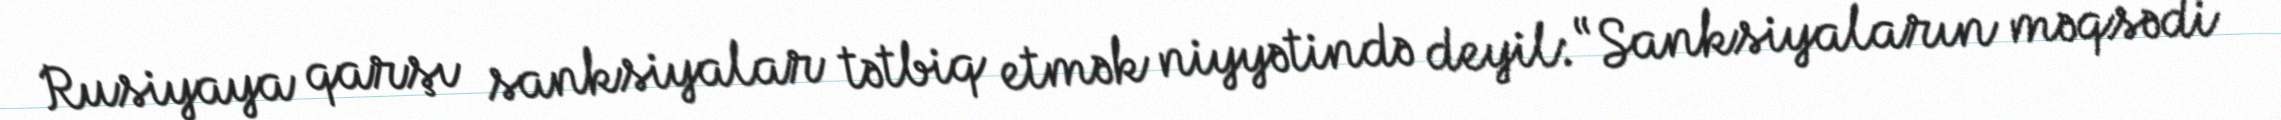
Rusiyaya qarşı sanksiyalar tətbiq etmək niyyətində deyil: “Sanksiyaların məqsədi